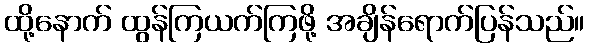
ထို့နောက် ထွန်ကြယက်ကြဖို့ အချိန်ရောက်ပြန်သည်။